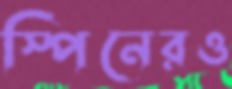
স্পিনেরও